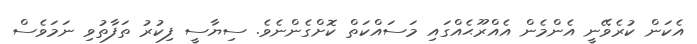
އެކަން ކުރެވޭނީ އެންމެން އެއްރޫޙެއްގައި މަސައްކަތް ކޮށްގެންނެވެ. ސިޔާސީ ފިކުރު ތަފާތުވި ނަމަވެސް